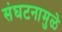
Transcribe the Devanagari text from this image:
संघटनामुळे